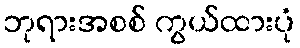
ဘုရားအစစ် ကွယ်ထားပုံ